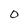
Character: O